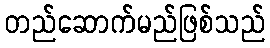
တည်ဆောက်မည်ဖြစ်သည်